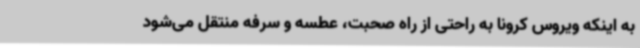
به اینکه ویروس کرونا به راحتی از راه صحبت، عطسه و سرفه منتقل می‌شود